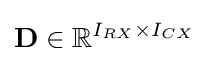
{\mathbf {D} }\in {\mathbb {R} }^{I_{RX}\times I_{CX}}